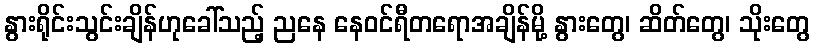
နွားရိုင်းသွင်းချိန်ဟုခေါ်သည့် ညနေ နေဝင်ရီတရောအချိန်မို့ နွားတွေ၊ ဆိတ်တွေ၊ သိုးတွေ